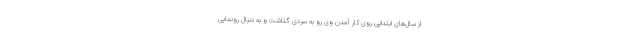
از سال‌های ابتدایی روی کار آمدن وی رو به سردی گذاشت و به دنبال رونمایی